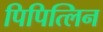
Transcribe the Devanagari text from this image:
पिपित्लिन